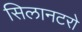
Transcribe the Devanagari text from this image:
सिलानटरो